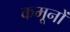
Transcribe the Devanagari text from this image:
कमूनों